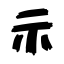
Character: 示